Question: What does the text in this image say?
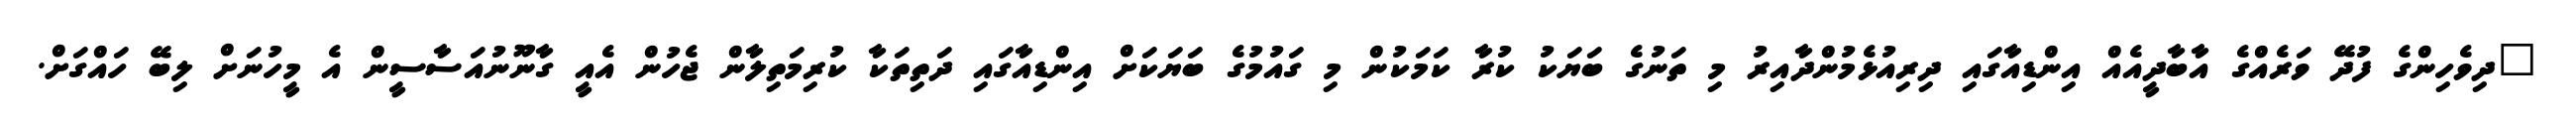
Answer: "ދިވެހިންގެ ފުދޭ ވަރެއްގެ އާބާދީއެއް އިންޑިއާގައި ދިރިއުޅެމުންދާއިރު މި ތަނުގެ ބަޔަކު ކުރާ ކަމަކުން މި ގައުމުގެ ބަޔަކަށް އިންޑިއާގައި ދަތިތަކާ ކުރިމަތިލާން ޖެހުން އެއީ ގާނޫނުއަސާސީން އެ މީހުނަށް ލިބޭ ހައްގަށް.